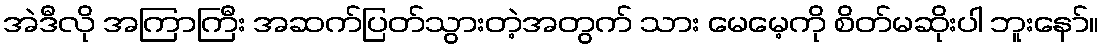
အဲဒီလို အကြာကြီး အဆက်ပြတ်သွားတဲ့အတွက် သား မေမေ့ကို စိတ်မဆိုးပါ ဘူးနော်။